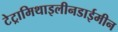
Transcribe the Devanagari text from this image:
टेट्रामिथाइलीनडाईमीन